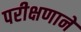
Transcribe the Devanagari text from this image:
परीक्षणाने